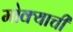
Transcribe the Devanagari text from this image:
मोक्याची